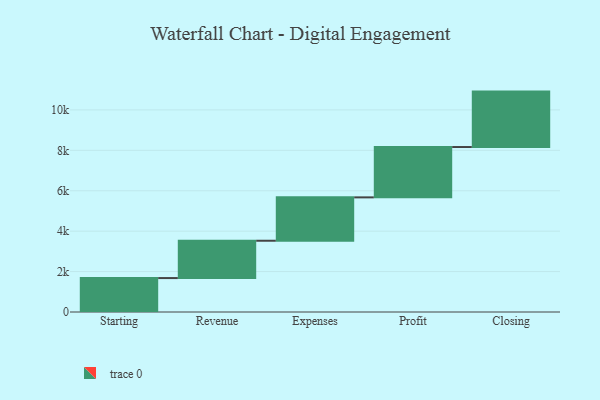
{"axis": {"x": "Step", "y": "Value"}, "legend": [""], "data": [{"x": "Starting", "y": 1679.0, "type": ""}, {"x": "Revenue", "y": 1847.0, "type": ""}, {"x": "Expenses", "y": 2146.0, "type": ""}, {"x": "Profit", "y": 2491.0, "type": ""}, {"x": "Closing", "y": 2743.0, "type": ""}]}